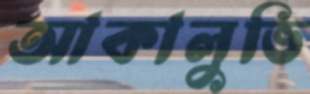
আকালুভি